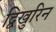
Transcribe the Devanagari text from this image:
द्विखुरिन